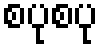
စပုစပု